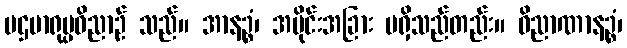
ပဌမာရုပ္ပဝိညာဉ် သည်။ အာနဉ္စံ၊ အပိုင်းအခြား မရှိသည်တည်း။ ဝိညာဏာနဉ္စံ၊